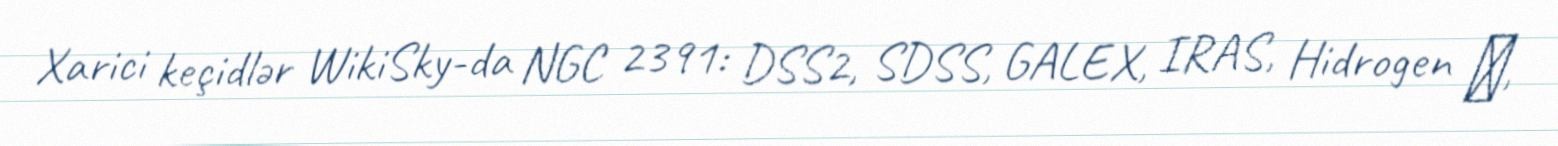
Xarici keçidlər WikiSky-da NGC 2391: DSS2, SDSS, GALEX, IRAS, Hidrogen α,